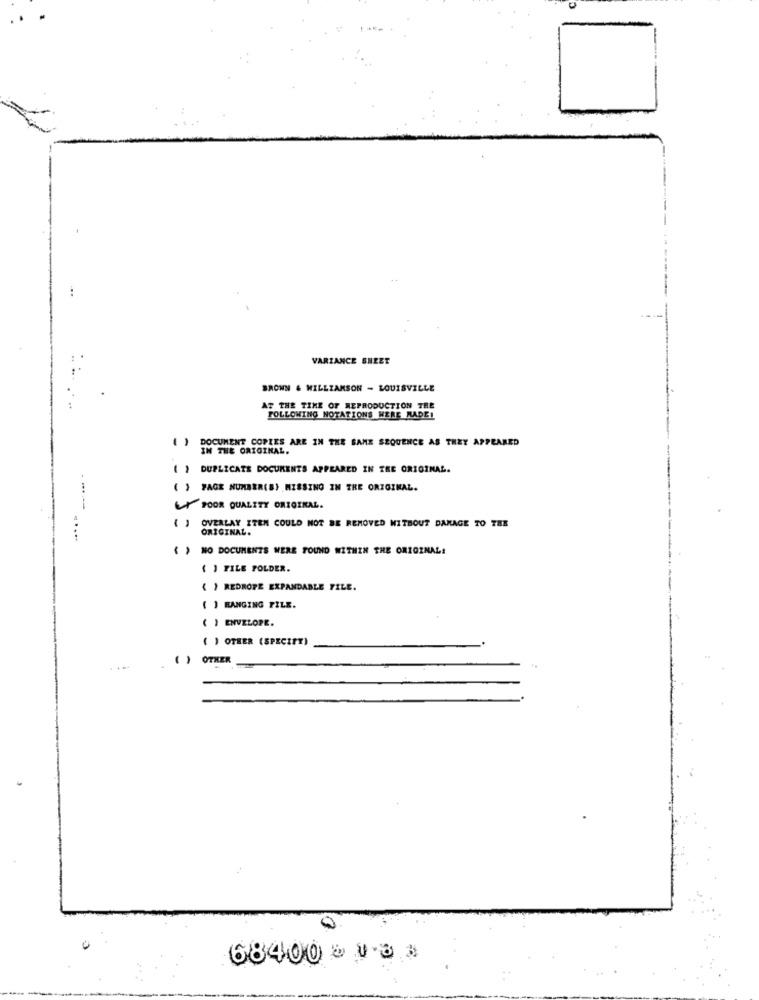
...
VARIANCE SHEET
BROWN & WILLIAMSON - LOUISVILLE
AT THE TIME OF REPRODUCTION THE
FOLLOWING NOTATIONS WERE MADEL
DOCUMENT COPIES ARE IN THE SAME SEQUENCE AS THEY APPEARED
IN THE ORIGINAL.
) DUPLICATE DOCUMENTS APPEARED IN TRE ORIGINAL.
PAGE NUMBER(B) MISSING IN THE ORIGINAL.
LY POOR QUALITY ORIGINAL.
( ) OVERLAY ITEM COULD NOT BE REMOVED WITHOUT DAMAGE TO THE
ORIGINAL.
....
NO DOCUMENTS WERE FOUND WITHIN THE ORIGINAL!
( ) FILE FOLDER.
( ) REDROTE EXPANDABLE FILE.
( ) RANGING FILE.
( ) ENVELOPE.
( ) OTHER (SPECIFY)
( ) OTHER
68400 & 1.8 3